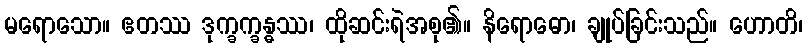
မရောသော။ ဧတဿ ဒုက္ခက္ခန္ဓဿ၊ ထိုဆင်းရဲအစု၏။ နိရောဓော၊ ချုပ်ခြင်းသည်။ ဟောတိ၊